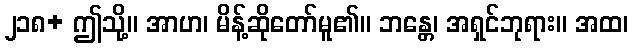
၂၁၈+ ဤသို့။ အာဟ၊ မိန့်ဆိုတော်မူ၏။ ဘန္တေ၊ အရှင်ဘုရား။ အထ၊